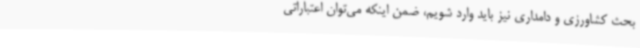
بحث کشاورزی و دامداری نیز باید وارد شویم، ضمن اینکه می‌توان اعتباراتی